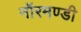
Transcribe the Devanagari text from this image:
नॉरमण्डी